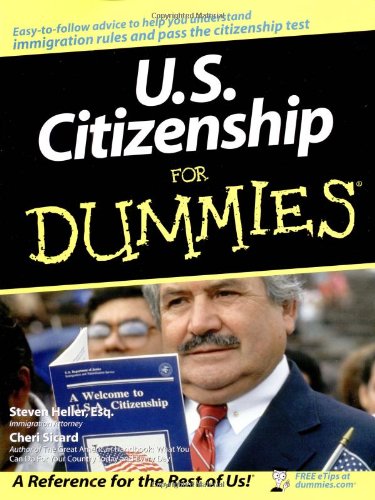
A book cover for U.S. Citizenship For Dummies; Cheri Sicard; Test Preparation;